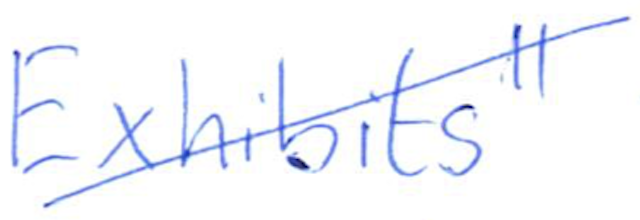
Text: Exhibits"
Cross-out: diagonal
Writing tool: ballpoint